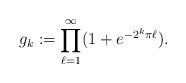
LaTeX: \begin{align*}g_k:=\prod_{\ell=1}^\infty(1+e^{-2^{k}\pi\ell}).\end{align*}